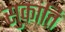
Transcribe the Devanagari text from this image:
सुकांति